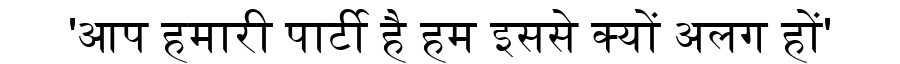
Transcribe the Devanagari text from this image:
'आप हमारी पार्टी है हम इससे क्यों अलग हों'